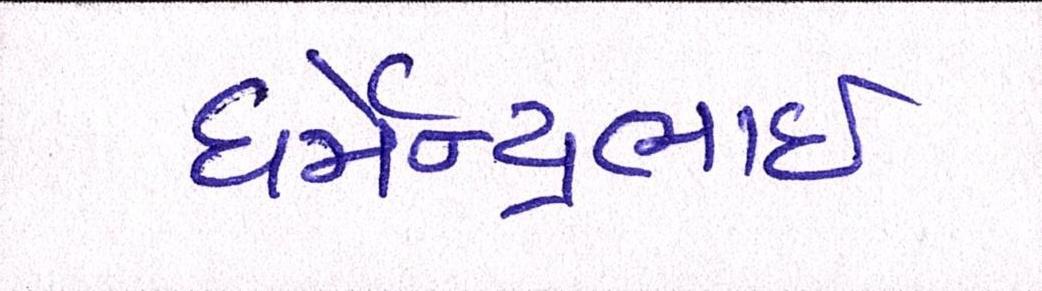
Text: ધર્મેન્દ્રભાઇ